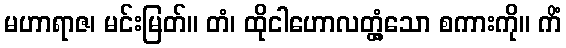
မဟာရာဇ၊ မင်းမြတ်။ တံ၊ ထိုငါဟောလတ္တံ့သော စကားကို။ ကိံ